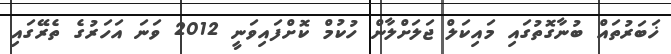
ޚަބަރުތައް ބުނާގޮތުގައި މައިކަލް ޖަލަށްލާން ހުކުމް ކޮށްފައިވަނީ 2012 ވަނަ އަހަރުގެ ތެރޭގައި